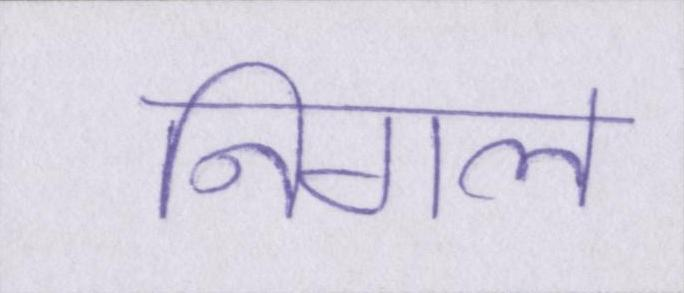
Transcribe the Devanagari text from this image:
निगल